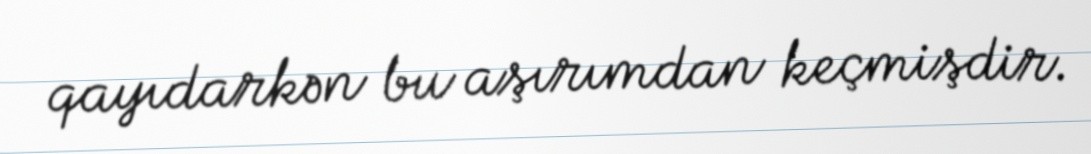
qayıdarkən bu aşırımdan keçmişdir.